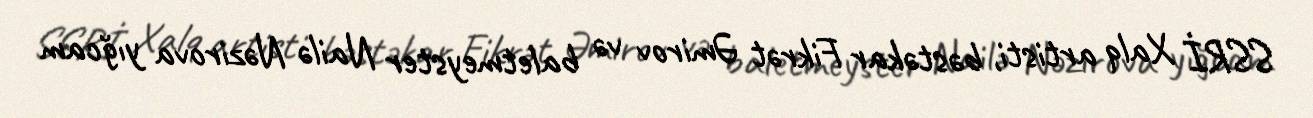
SSRİ Xalq artisti, bəstəkar Fikrət Əmirov və baletmeyster Nailə Nəzirova yığcam